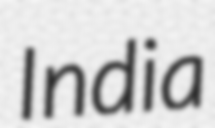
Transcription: India